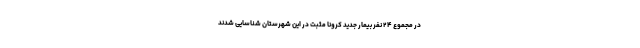
در مجموع ۲۴ نفر بیمار جدید کرونا مثبت در این شهرستان شناسایی شدند